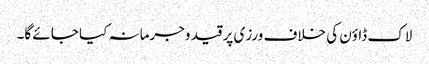
لاک ڈاؤن کی خلاف ورزی پر قید وجرمانہ کیا جائے گا۔